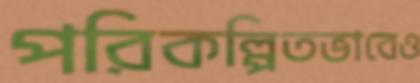
পরিকল্পিতভাবেও